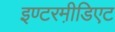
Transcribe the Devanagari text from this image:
इण्टरमी़डिएट